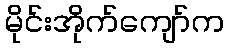
မိုင်းအိုက်ကျော်က